Scottish Leaving Certificate Examination, 1954
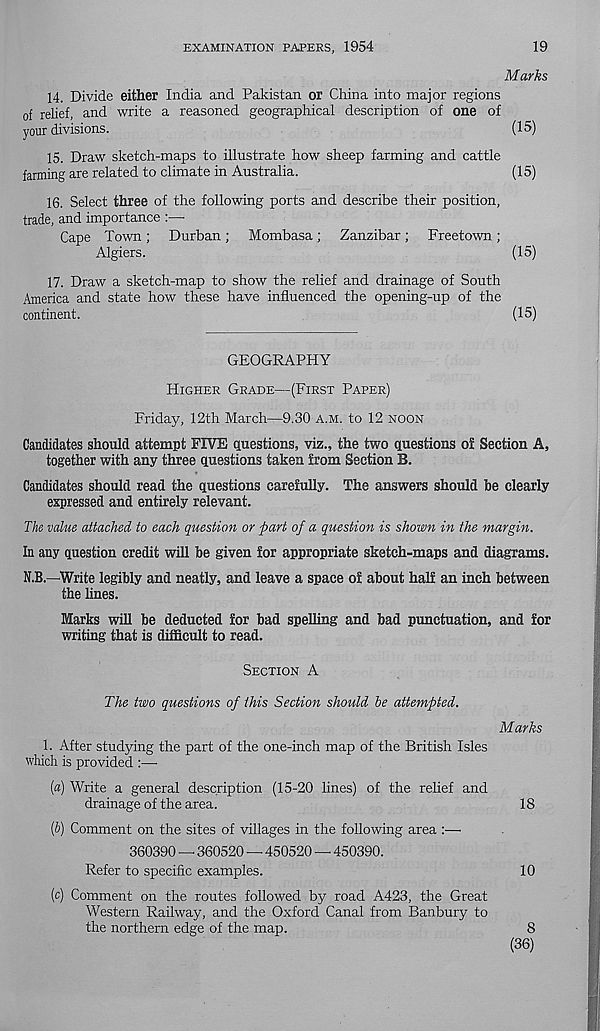
EXAMINATION PAPERS, 1954
19
Marks
14. Divide either India and Pakistan or China into major regions
of relief, and write a reasoned geographical description of one of
your divisions.
(15)
15. Draw sketch-maps to illustrate how sheep farming and cattle
farming are related to climate in Australia.
(15)
16. Select three of the following ports and describe their position,
trade, and importance :—
Cape Town; Durban; Mombasa; Zanzibar; Freetown;
Algiers.
(15)
17. Draw a sketch-map to show the relief and drainage of South
America and state how these have influenced the opening-up of the
continent.
(15)
GEOGRAPHY
HIGHER GRADE—(FIRST PAPER)
Friday, 12th March—9.30 A.M. to 12 NOON
Candidates should attempt FIVE questions, viz., the two questions of Section A,
together with any three questions taken from Section B.
Candidates should read the questions carefully. The answers should be clearly
expressed and entirely relevant.
The value attached to each question or part of a question is shown in the margin.
In any question credit will be given for appropriate sketch-maps and diagrams.
N.B.—Write legibly and neatly, and leave a space of about half an inch between
the lines.
Marks will be deducted for bad spelling and bad punctuation, and for
writing that is difficult to read.
SECTION A
The two questions of this Section should he attempted.
Marks
1. After studying the part of the one-inch map of the British Isles
which is provided :—
[a) Write a general description (15-20 lines) of the relief and
drainage of the area.
18
{h) Comment on the sites of villages in the following area :—
360390 — 360520 — 450520 — 450390.
Refer to specific examples.
10
(c) Comment on the routes followed by road A423, the Great
Western Railway, and the Oxford Canal from Banbury to
the northern edge of the map.
8
(36)